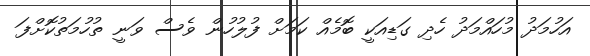
އަހުމަދު މުހައްމަދު ހެދި ގަޑިއަކީ ބޮމެއް ކަމަށް ފުލުހުން ވެސް ވަނީ ތުހުމަތުކޮށްފަ